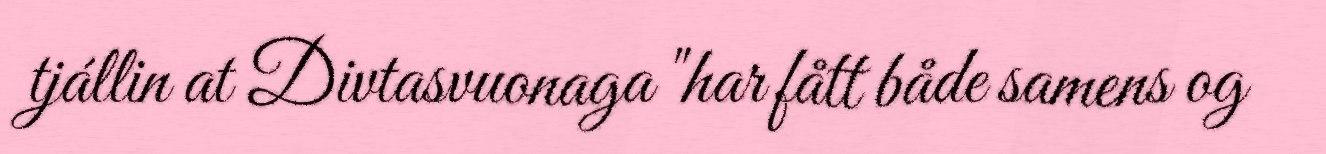
tjállin at Divtasvuonaga "har fått både samens og